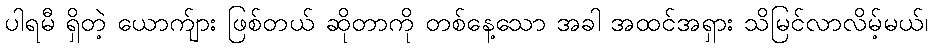
ပါရမီ ရှိတဲ့ ယောက်ျား ဖြစ်တယ် ဆိုတာကို တစ်နေ့သော အခါ အထင်အရှား သိမြင်လာလိမ့်မယ်၊